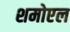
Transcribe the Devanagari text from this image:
शमोएल